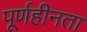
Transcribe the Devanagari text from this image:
पूर्णहीनता